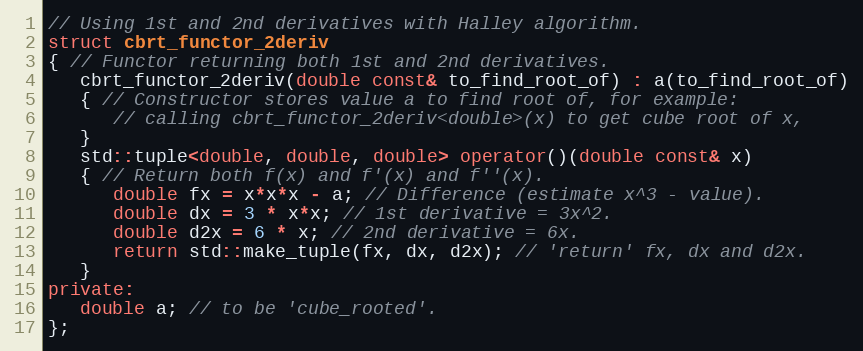
Language: C++
// Using 1st and 2nd derivatives with Halley algorithm.
struct cbrt_functor_2deriv
{ // Functor returning both 1st and 2nd derivatives.
   cbrt_functor_2deriv(double const& to_find_root_of) : a(to_find_root_of)
   { // Constructor stores value a to find root of, for example:
      // calling cbrt_functor_2deriv<double>(x) to get cube root of x,
   }
   std::tuple<double, double, double> operator()(double const& x)
   { // Return both f(x) and f'(x) and f''(x).
      double fx = x*x*x - a; // Difference (estimate x^3 - value).
      double dx = 3 * x*x; // 1st derivative = 3x^2.
      double d2x = 6 * x; // 2nd derivative = 6x.
      return std::make_tuple(fx, dx, d2x); // 'return' fx, dx and d2x.
   }
private:
   double a; // to be 'cube_rooted'.
};